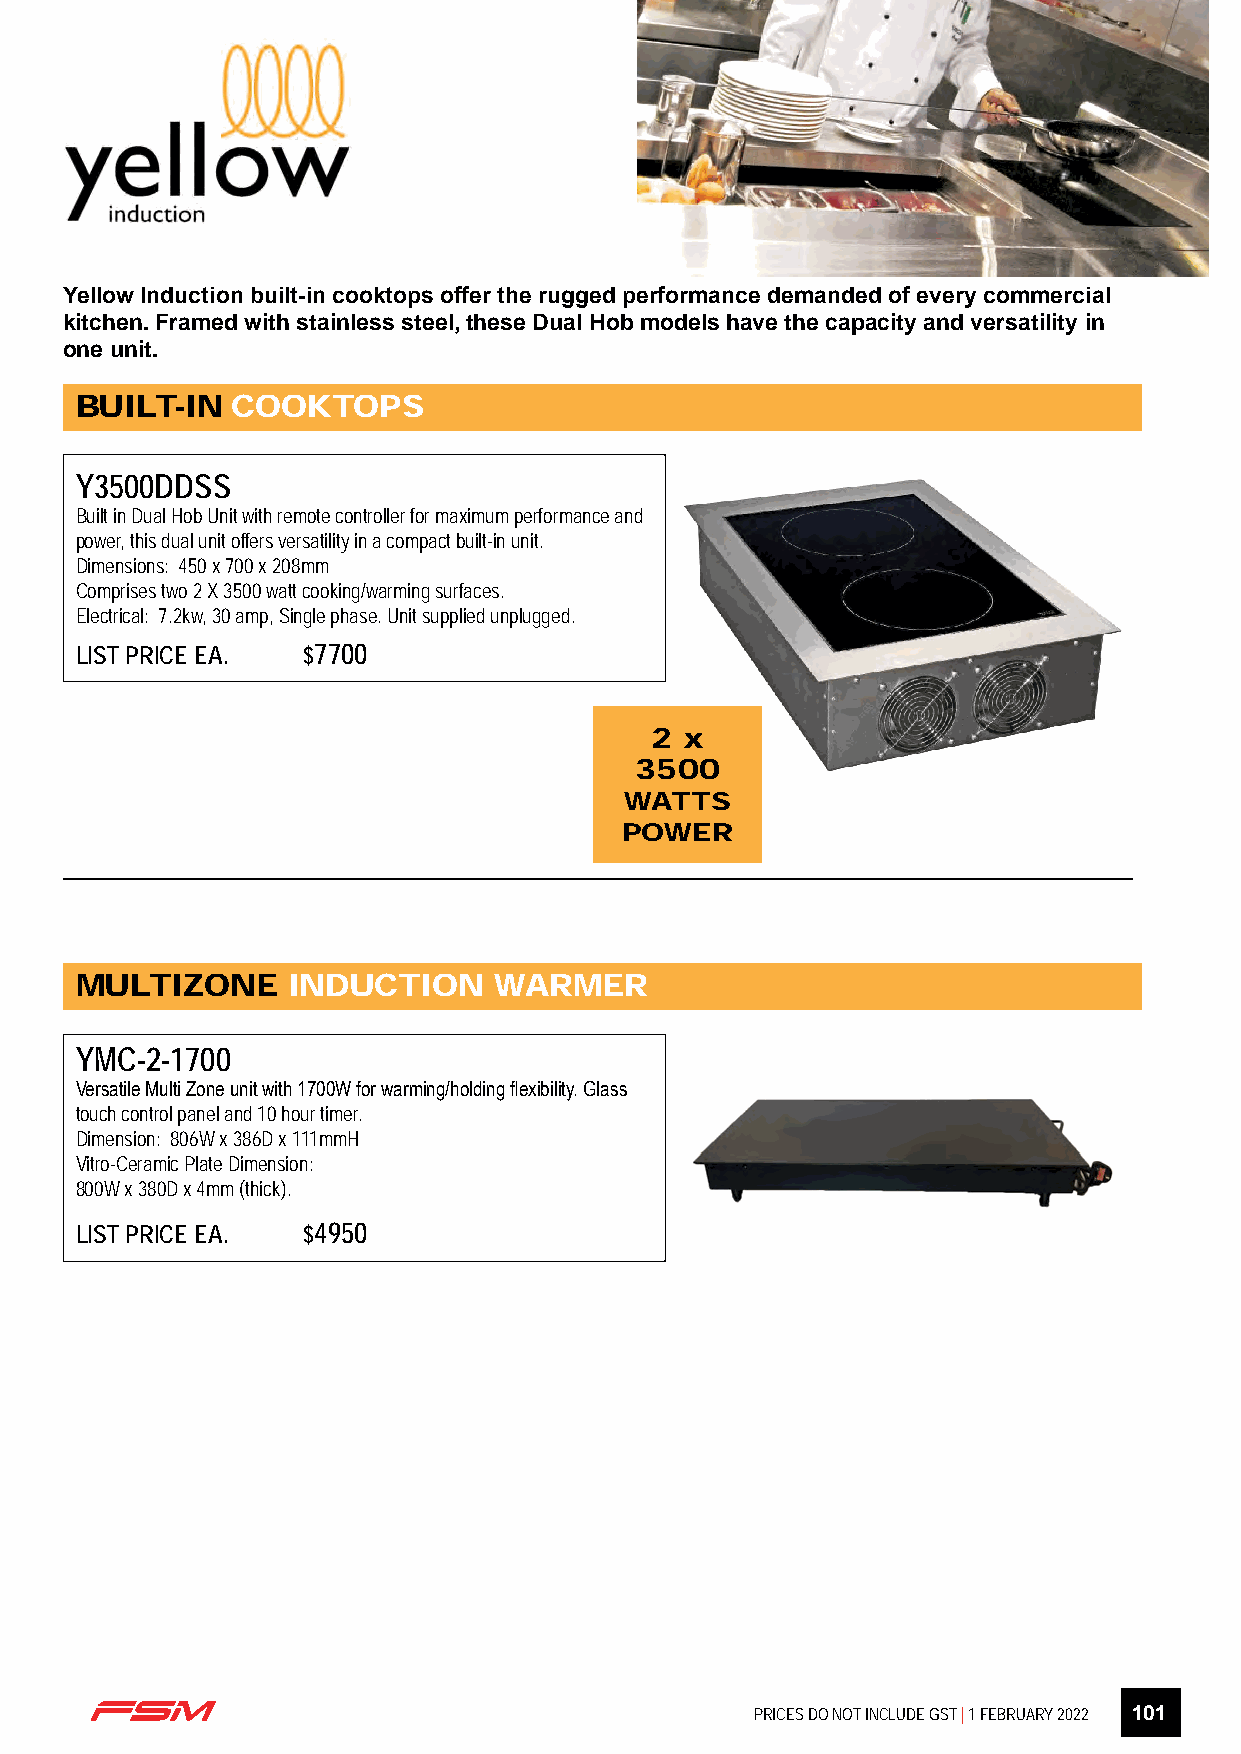
Yellow Induction built-in cooktops offer the rugged performance demanded of every commercial
 kitchen. Framed with stainless steel, these Dual Hob models have the capacity and versatility in
 one unit.
 BUILT-IN  COOKTOPS
 Y3500DDSS
 Built in Dual Hob Unit with remote controller for maximum performance and
 power, this dual unit offers versatility in a compact built-in unit.
 Dimensions: 450 x 700 x 208mm
 Comprises two 2 X 3500 watt cooking/warming surfaces.
 Electrical: 7.2kw, 30 amp, Single phase. Unit supplied unplugged.
 LIST PRICE EA. $7700
 2 x
 3500
 WATTS
 POWER
 MULTIZONE     INDUCTION     WARMER
 YMC-2-1700
 Versatile Multi Zone unit with 1700W for warming/holding flexibility. Glass
 touch control panel and 10 hour timer.
 Dimension: 806W x 386D x 111mmH
 Vitro-Ceramic Plate Dimension:
 800W x 380D x 4mm (thick).
 LIST PRICE EA. $4950
 PRICES DO NOT INCLUDE GST | 1 FEBRUARY 2022 101